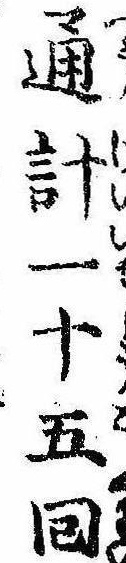
通計一十五回